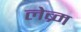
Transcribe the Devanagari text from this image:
लेब्र्म